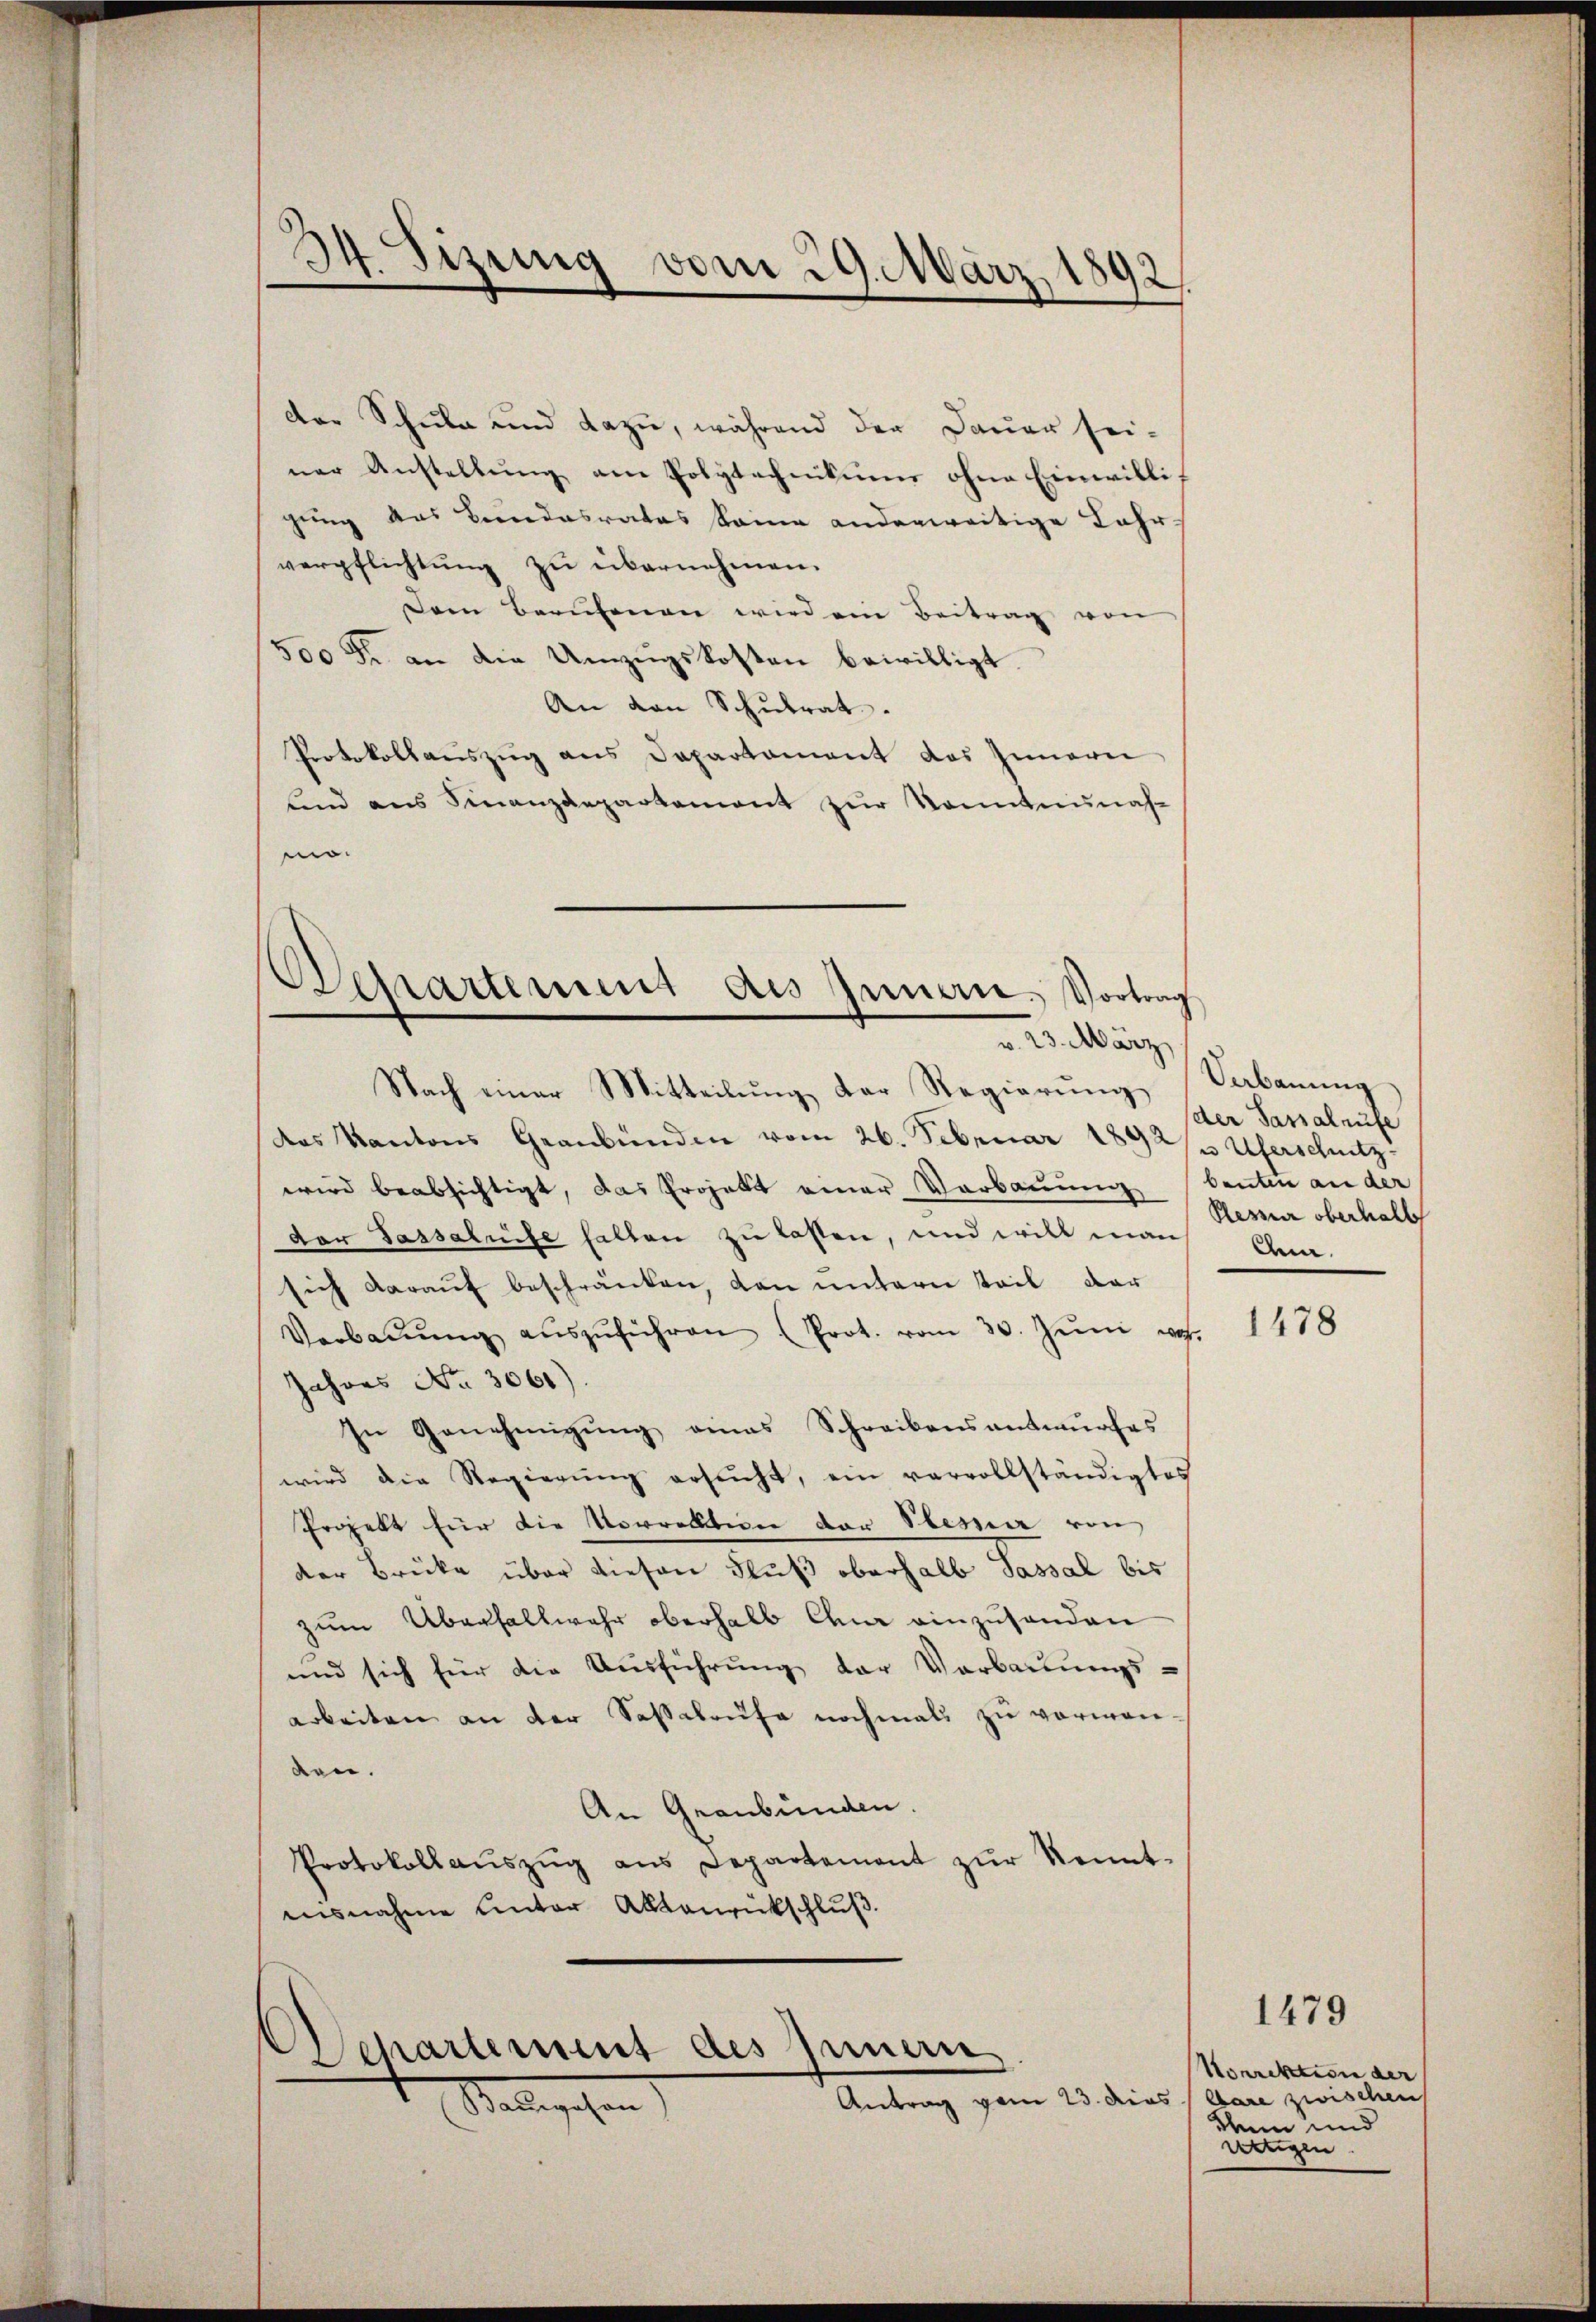
¬
34. Sizung vom 29. März 1892

der Schule und dazu, während der Dauer sei-
ner Anstellŭng am Polytechnikums ohne Einwilligung des Bundesrates seine anderweitige Lahr-
verpflichtung zu übernehmen.
Dem Berufenen wird ein Beitrag von
500 Fr. an die Umzugskosten bewilligt.
An den Schulrat.
Protokollaŭszŭg ans Departament des Innern
und aus Finanzdepartement zŭr Kenntnunas-
m.

Separtement des Innern. Vortrag
v. 23. März

Nach einer Mitteilung der Regierung
des Kantons Graubünden vom 26. Februar 1892/3 Uferschutz-
wird beabsichtigt, das Projekt einer Verbauung beuten an der
dor Passaluise halten zu lassen, und will man Ann
sich darauf beschränken, den untern Teil dar
Verbaŭŭng aŭszŭführen (Prot. vom 30. Jŭni v.
Jahres No. 3061).
In Genehmigung eines Schreibensantwurfes
wird die Regierŭng ersucht, ein vervollständigtes
Projekt für die Vorrekten der Plesner von
der Brücke über diesen Fluß oberhalb Sassal bis
zum Überhaltwahr oberhalb den einzusenden
und sich für die Ausführung der Verbauungs-
arbeiten an der Sassalaufe nochmals zu vorman-
den.
An Graubünden.
Protokollaŭszŭg ans Departement zŭr Kennt-
ausnahme unter Aktenrückschluß.

Departement des Innern
Antrag vom 23. dies bare zwischen
Stattgehen

Verbauung
der Sassalrufe
Plesser oberhalte

1478

1479

Nonrektion der
Rhein und
wengen.